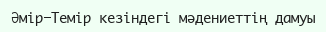
Әмір-Темір кезіндегі мәдениеттің дамуы